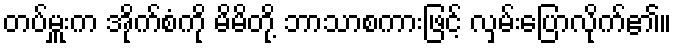
တပ်မှူးက အိုက်စံကို မိမိတို့ ဘာသာစကားဖြင့် လှမ်းပြောလိုက်၏။